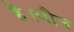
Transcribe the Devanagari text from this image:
है।यौन